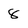
Character: 8